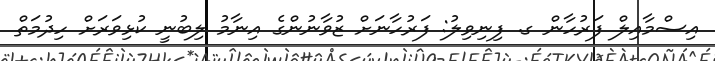
އިސްމާއިލް ފަރުހާން ގ. ފިނިވިލު: ފަރުހާނަށް ޒުވާނުންގެ އިނާމު ލިބުނީ ކުޅިވަރަށް ހިދުމަތް